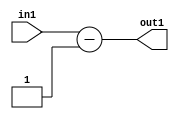
`timescale 1ps / 1ps
/*****************************************************************************
    Verilog RTL Description
    
    
    Created by: Stratus DpOpt 2019.1.01 
*******************************************************************************/

module st_feature_addr_gen_Subi1u16_4_1 (
	in1,
	out1
	); /* architecture "behavioural" */ 
input [15:0] in1;
output [16:0] out1;
wire [16:0] asc001;

assign asc001 = 
	+(in1)
	-(17'B00000000000000001);

assign out1 = asc001;
endmodule

/* CADENCE  ubH4Sw8= : u9/ySgnWtBlWxVPRXgAZ4Og= ** DO NOT EDIT THIS LINE ******/